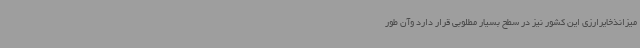
میزانذخایرارزی این کشور نیز در سطح بسیار مطلوبی قرار دارد وآن طور